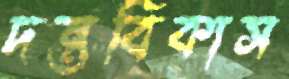
দন্তবিকাস